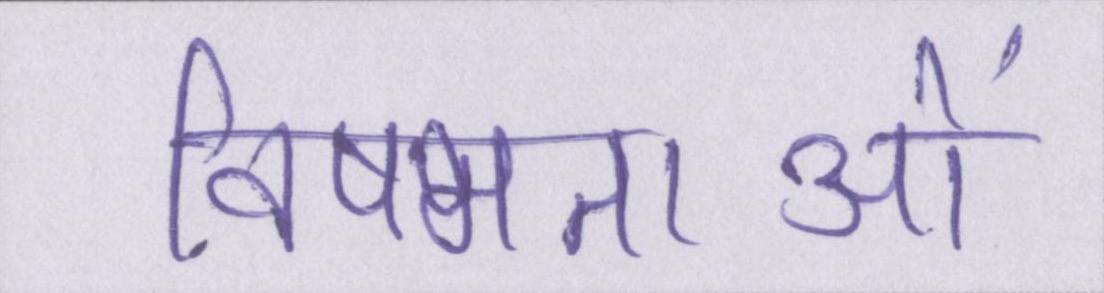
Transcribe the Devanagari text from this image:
विषमताओं